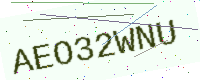
Text: AEO32WNU